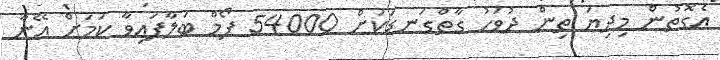
އެގޮތުން މިދިޔަ ތިން ދުވަހު ގާތްގަނޑަކަށް 54000 ފޯމް ބަލާފައިވާ ކަމަށް އޭނާ